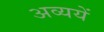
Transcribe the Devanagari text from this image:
अव्ययें